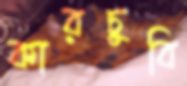
কারচুবি